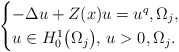
\begin{align*} \begin{cases} - \Delta u + Z(x) u = u^q, \Omega_j, \\ u \in H^1_0 \big( \Omega_j \big), \, u > 0, \Omega_j. \end{cases}\end{align*}